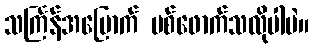
သင်္ကြန်အမြောက် ပစ်ဖောက်သလိုပါပဲ။